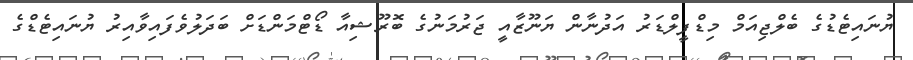
ޔުނައިޓެޑުގެ ބެލްޖިއަމް މިޑްފީލްޑަރު އަދުނާން ޔަނޫޒާއީ ޖަރުމަނުގެ ބޮރޫޝިއާ ޑޯޓްމަންޑަށް ބަދަލުވެފައިވާއިރު ޔުނައިޓެޑްގެ